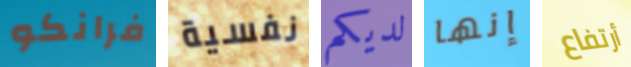
فرانكو نفسية لديكم إنها أرتفاع